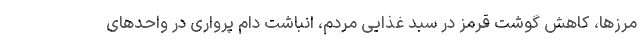
مرزها، کاهش گوشت قرمز در سبد غذایی مردم، انباشت دام پرواری در واحدهای